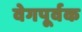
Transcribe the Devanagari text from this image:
वेगपूर्वक